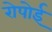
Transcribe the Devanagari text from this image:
रोपोई